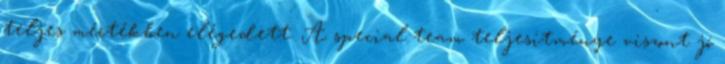
teljes mértékben elégedett. A special team teljesítménye viszont jó